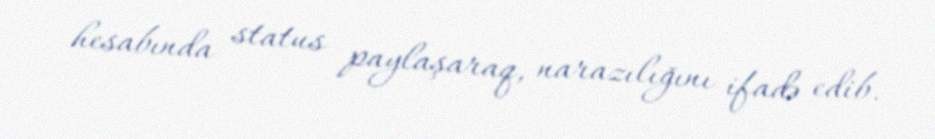
hesabında status paylaşaraq, narazılığını ifadə edib.